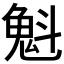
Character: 𫿶